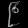
Digit: ၉